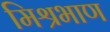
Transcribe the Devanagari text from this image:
मिश्रभाण